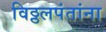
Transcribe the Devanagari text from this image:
विठ्ठलपंतांना